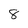
Character: 8